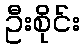
ဦးစိုင်း